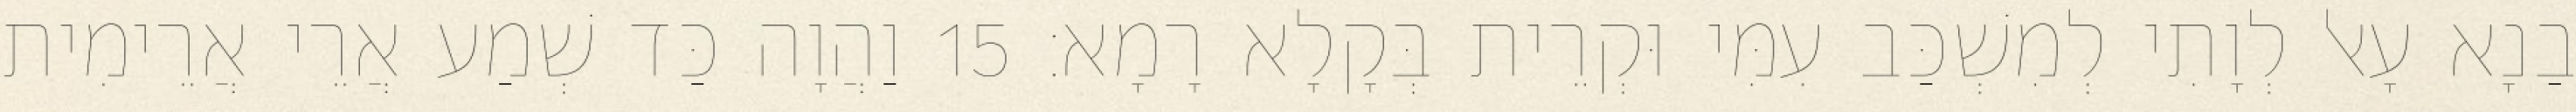
בַנָא עָאל לְוָתִי לְמִשְׁכַּב עִמִּי וּקְרֵית בְּקָלָא רָמָא׃ 15 וַהֲוָה כַּד שְׁמַע אֲרֵי אֲרֵימִית